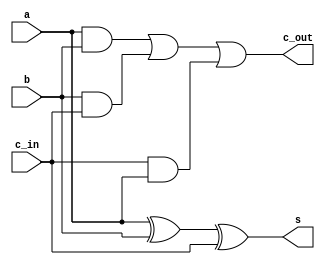
module fulladder1b(a, b, c_in, s, c_out);
    input a, b, c_in;
    output s, c_out;
    assign s = a ^ b ^ c_in;
    assign c_out = (a & b) | (b & c_in) | (c_in & a);
endmodule

module comptwo(x, negx);
    input [7:0] x;
    output [7:0] negx;
    assign negx = (~x) + 1;
endmodule

module and8b(x, y, andout);
    input [7:0] x, y;
    output [7:0] andout;
    assign andout = x & y;
endmodule

module or8b(x, y, orout);
    input [7:0] x, y;
    output [7:0] orout;
    assign orout = x | y;
endmodule

module nand8b(x, y, nandout);
    input [7:0] x, y;
    output [7:0] nandout;
    assign nandout = ~(x & y);
endmodule

module xor8b(x, y, xorout);
    input [7:0] x, y;
    output [7:0] xorout;
    assign xorout = x ^ y;
endmodule

module nor8b(x, y, norout);
    input [7:0] x, y;
    output [7:0] norout;
    assign norout = ~(x | y);
endmodule

module not8b(x, notout);
    input [7:0] x;
    output [7:0] notout;
    assign notout = ~x;
endmodule

module sub8b(x, y, c_in, d, c_out);
    input [7:0] x, y;
    input c_in;
    output [7:0] d;
    output c_out;
    wire [7:0] neg_y;
    comptwo neg(y, neg_y);
    add8b adder(x, neg_y, c_in, d, c_out);
endmodule

module add8b(x, y, c_in, s, c_out);
    input [7:0] x, y;
    input c_in;
    output [7:0] s;
    output c_out;
    wire [7:0] c;
    fulladder1b fa0(x[0], y[0], c_in, s[0], c[0]);
    fulladder1b fa1(x[1], y[1], c[0], s[1], c[1]);
    fulladder1b fa2(x[2], y[2], c[1], s[2], c[2]);
    fulladder1b fa3(x[3], y[3], c[2], s[3], c[3]);
    fulladder1b fa4(x[4], y[4], c[3], s[4], c[4]);
    fulladder1b fa5(x[5], y[5], c[4], s[5], c[5]);
    fulladder1b fa6(x[6], y[6], c[5], s[6], c[6]);
    fulladder1b fa7(x[7], y[7], c[6], s[7], c_out);
endmodule

module mux1b16to1 (
    input add_r, sub_r, and_r, or_r, nand_r, xor_r, nor_r, not_r,
    input add_r1, sub_r1, and_r1, or_r1, nand_r1, xor_r1, nor_r1, not_r1,
    input [3:0] cntrl,
    output out
);
    assign out = ({cntrl == 4'b0000} & add_r) |
                 ({cntrl == 4'b0001} & sub_r) |
                 ({cntrl == 4'b0010} & and_r) |
                 ({cntrl == 4'b0011} & or_r) |
                 ({cntrl == 4'b0100} & nand_r) |
                 ({cntrl == 4'b0101} & xor_r) |
                 ({cntrl == 4'b0110} & nor_r) |
                 ({cntrl == 4'b0111} & not_r) |
                 ({cntrl == 4'b1000} & add_r1) |
                 ({cntrl == 4'b1001} & sub_r1) |
                 ({cntrl == 4'b1010} & and_r1) |
                 ({cntrl == 4'b1011} & or_r1) |
                 ({cntrl == 4'b1100} & nand_r1) |
                 ({cntrl == 4'b1101} & xor_r1) |
                 ({cntrl == 4'b1110} & nor_r1) |
                 ({cntrl == 4'b1111} & not_r1);
endmodule

module mux8b16to1(
    input [7:0] add_r, sub_r, and_r, or_r, nand_r, xor_r, nor_r, not_r,
    input [7:0] add_r1, sub_r1, and_r1, or_r1, nand_r1, xor_r1, nor_r1, not_r1,
    input [3:0] cntrl,
    output [7:0] out
);
    genvar i;
    generate
        for (i = 0; i < 8; i = i + 1) begin : mux_loop
            mux1b16to1 mux(
                add_r[i], sub_r[i], and_r[i], or_r[i], nand_r[i], xor_r[i], nor_r[i], not_r[i],
                add_r1[i], sub_r1[i], and_r1[i], or_r1[i], nand_r1[i], xor_r1[i], nor_r1[i], not_r1[i],
                cntrl, out[i]
            );
        end
    endgenerate
endmodule

module carrymux1b4to1(
    input add_c, sub_c, add_c1, sub_c1,
    input [3:0] cntrl,
    output carry
);
    assign carry = ({cntrl == 4'b0000} & add_c) |
                   ({cntrl == 4'b0001} & sub_c) |
                   ({cntrl == 4'b1000} & add_c1) |
                   ({cntrl == 4'b1001} & sub_c1);
endmodule

module alu(
    input [7:0] x, y,
    input [3:0] cntrl,
    input c_in,
    output [7:0] out,
    output c_out
);
    wire [7:0] add_r, sub_r, and_r, or_r, nand_r, xor_r, nor_r, not_r;
    wire [7:0] add_r1, sub_r1, and_r1, or_r1, nand_r1, xor_r1, nor_r1, not_r1;
    wire c_out_add, c_out_sub, c_out_add1, c_out_sub1;

    add8b adder(x, y, c_in, add_r, c_out_add);
    sub8b subtractor(x, y, c_in, sub_r, c_out_sub);
    and8b ander(x, y, and_r);
    or8b orer(x, y, or_r);
    nand8b nander(x, y, nand_r);
    xor8b xorer(x, y, xor_r);
    nor8b norer(x, y, nor_r);
    not8b noter(x, not_r);
    add8b adder1(x, y, c_in, add_r1, c_out_add1);
    sub8b subtractor1(x, y, c_in, sub_r1, c_out_sub1);
    and8b ander1(x, y, and_r1);
    or8b orer1(x, y, or_r1);
    nand8b nander1(x, y, nand_r1);
    xor8b xorer1(x, y, xor_r1);
    nor8b norer1(x, y, nor_r1);
    not8b noter1(x, not_r1);

    mux8b16to1 mux(
        add_r, sub_r, and_r, or_r, nand_r, xor_r, nor_r, not_r,
        add_r1, sub_r1, and_r1, or_r1, nand_r1, xor_r1, nor_r1, not_r1,
        cntrl, out
    );

    carrymux1b4to1 carrymux(
        c_out_add, c_out_sub, c_out_add1, c_out_sub1, cntrl, c_out
    );
endmodule

module testbench;
    reg [7:0] x, y;
    reg [3:0] cntrl;
    wire [7:0] out;
    wire carry;
    alu dut(x, y, cntrl, 1'b0, out, carry);

    initial begin
        $monitor($time, " x=%b, y=%b, control_input=%b, output=%b, carry=%b", x, y, cntrl, out, carry);
        x = 8'b01001111; y = 8'b10100101; cntrl = 4'b0000;
        #5 cntrl = 4'b0001;
        #5 cntrl = 4'b0010;
        #5 cntrl = 4'b0011;
        #5 cntrl = 4'b0100;
        #5 cntrl = 4'b0101;
        #5 cntrl = 4'b0110;
        #5 cntrl = 4'b0111;
        #5 cntrl = 4'b1000;
        #5 cntrl = 4'b1001;
        #5 cntrl = 4'b1010;
        #5 cntrl = 4'b1011;
        #5 cntrl = 4'b1100;
        #5 cntrl = 4'b1101;
        #5 cntrl = 4'b1110;
        #5 cntrl = 4'b1111;
        #5 $finish;
    end
endmodule

module workbench;
    initial begin
        $dumpfile("simple_alu.vcd");
        $dumpvars(0, workbench);
    end
    
    testbench tb();
endmodule